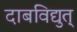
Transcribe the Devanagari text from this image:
दाबविद्युत्‌